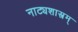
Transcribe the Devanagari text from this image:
नाट्यशास्त्रम्